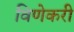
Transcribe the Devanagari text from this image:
विणेकरी